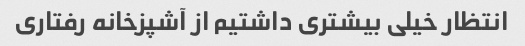
انتظار خیلی بیشتری داشتیم از آشپزخانه رفتاری